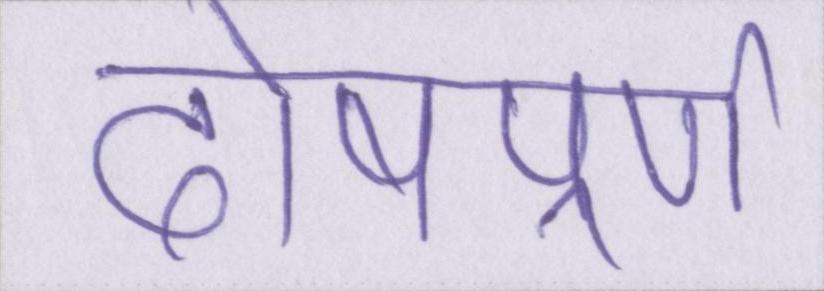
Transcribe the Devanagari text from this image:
दोषपूर्ण